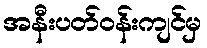
အနီးပတ်ဝန်းကျင်မှ